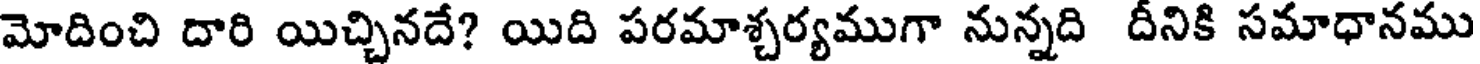
మోదించి దారి యిచ్చినదే? యిది పరమాశ్చర్యముగా నున్నది దీనికి సమాధానము